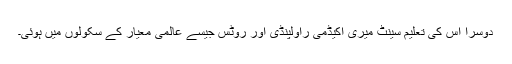
دوسرا اس کی تعلیم سینٹ میری اکیڈمی راولپنڈی اور روٹس جیسے عالمی معیار کے سکولوں میں ہوئی۔